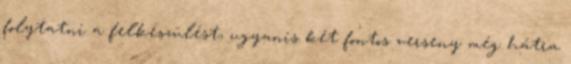
folytatni a felkészülést, ugyanis két fontos verseny még hátra